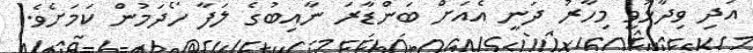
އަދި ވިދާޅުވީ މިހާރު ދަނީ އެއަށް ބަންޑާރަ ނާއިބުގެ ލަފާ ހޯދަމުން ކަމަށެވެ.